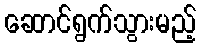
ဆောင်ရွက်သွားမည့်